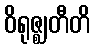
ဝိရုဇ္ဈတီတိ